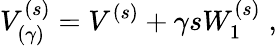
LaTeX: V_{(\gamma)}^{(s)}=V^{(s)}+\gamma sW_{1}^{(s)}\; ,